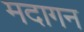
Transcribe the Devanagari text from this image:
मदागन